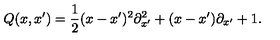
Q ( x , x ^ { \prime } ) = \frac { 1 } { 2 } ( x - x ^ { \prime } ) ^ { 2 } { \partial } _ { x ^ { \prime } } ^ { 2 } + ( x - x ^ { \prime } ) { \partial } _ { x ^ { \prime } } + 1 .